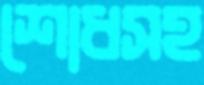
শোধসহ